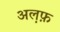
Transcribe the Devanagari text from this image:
अल़फ़